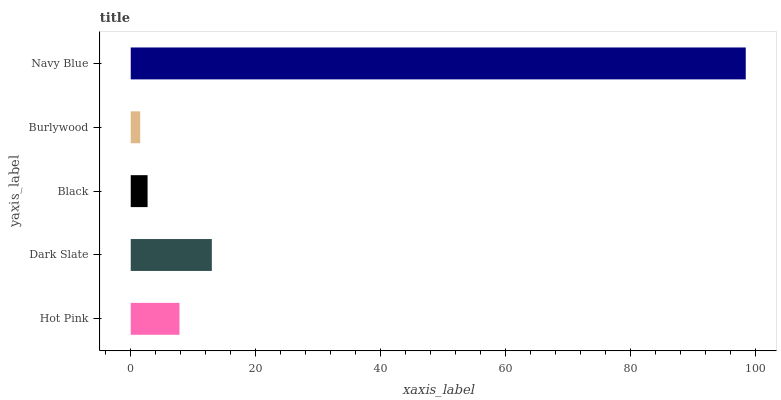
| yaxis_label | bars |
 | --- | --- |
 | Hot Pink | 7.8 |
 | Dark Slate | 13 |
 | Black | 2.7 |
 | Burlywood | 1.51 |
 | Navy Blue | 98.5 |